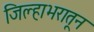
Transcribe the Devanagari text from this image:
जिल्हाभरातून